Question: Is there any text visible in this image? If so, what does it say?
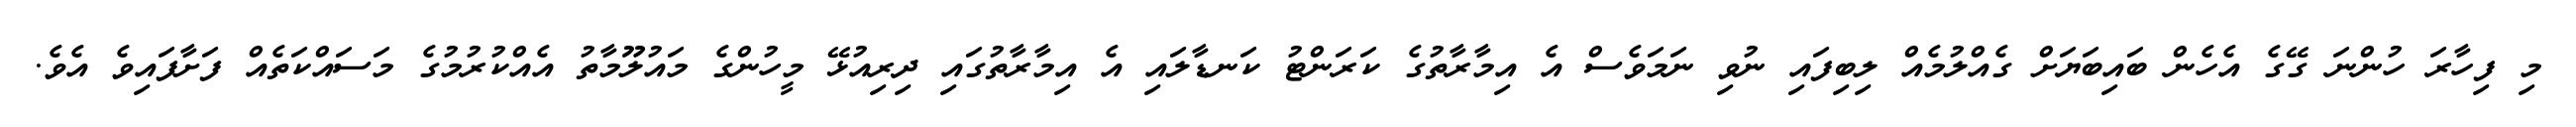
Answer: މި ފިހާރަ ހުންނަ ގޭގެ އެހެން ބައިބަޔަށް ގެއްލުމެއް ލިބިފައި ނުވި ނަމަވެސް އެ އިމާރާތުގެ ކަރަންޓު ކަނޑާލައި އެ އިމާރާތުގައި ދިރިއުޅޭ މީހުންގެ މައުލޫމާތު އެއްކުރުމުގެ މަސައްކަތެއް ފަށާފައިވެ އެވެ.